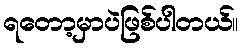
ရတော့မှာပဲဖြစ်ပါတယ်။